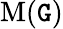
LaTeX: \operatorname{M}(\mathtt{G})